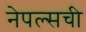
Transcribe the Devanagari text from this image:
नेपल्सची